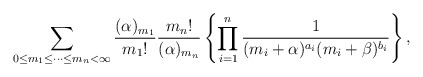
\begin{align*}\sum_{0\le m_1{\le} \cdots{\le}m_{n}<\infty}\frac{(\alpha)_{m_1}}{{m_1}!}\frac{{m_n}!}{(\alpha)_{m_n}}\left\{\prod_{i=1}^{n}\frac{1}{(m_i+\alpha)^{a_i}(m_i+\beta)^{b_i}}\right\},\end{align*}